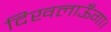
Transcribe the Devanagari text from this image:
दिखलाऊँगा।